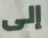
إلى